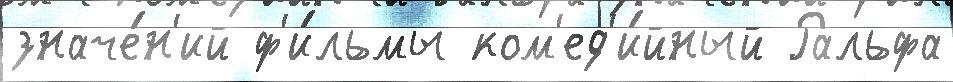
значе́н'ий ф'и́льмы ком'ед'и́йный Ральфа